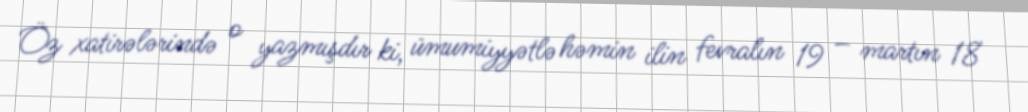
Öz xatirələrində o yazmışdır ki, ümumiyyətlə həmin ilin fevralın 19 – martın 18